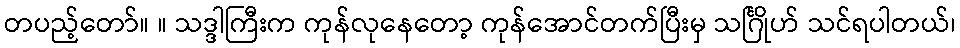
တပည့်တော်။ ။ သဒ္ဒါကြီးက ကုန်လုနေတော့ ကုန်အောင်တက်ပြီးမှ သင်္ဂြိုဟ် သင်ရပါတယ်၊